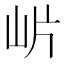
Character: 𭖎